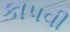
કાપવી